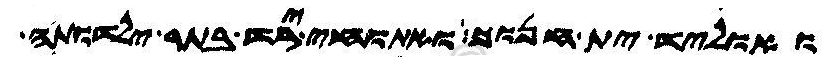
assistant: ואוליד ית חנוך ואתוחי ירד בתר ילדותה